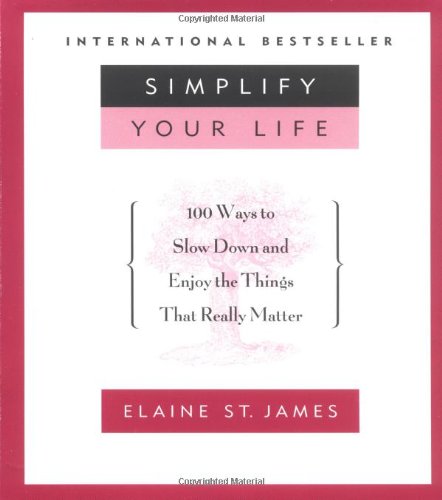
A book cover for Simplify Your Life: 100 Ways to Slow Down and Enjoy the Things That Really Matter; Elaine St. James; Self-Help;